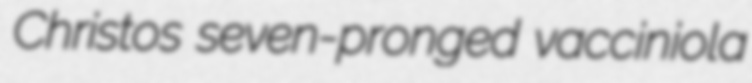
Christos seven-pronged vacciniola